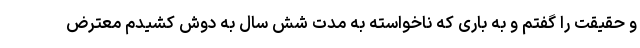
و حقیقت را گفتم و به باری که ناخواسته به مدت شش سال به دوش کشیدم معترض